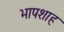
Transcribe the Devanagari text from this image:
भापशाह